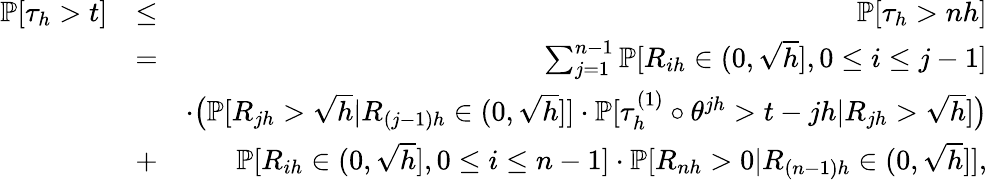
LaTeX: \begin{array}{rlr}{\mathbb{P}[\tau_{h}>t]}&{\le}&{\mathbb{P}[\tau_{h}>nh]}\\ &{=}&{\sum_{j=1}^{n-1}\mathbb{P}[R_{ih}\in(0,\sqrt{h}],0\le i\le j-1]}\\ &{}&{\cdot\big(\mathbb{P}[R_{jh}>\sqrt{h}|R_{(j-1)h}\in(0,\sqrt{h}]]\cdot\mathbb{P}[\tau_{h}^{(1)}\circ\theta^{jh}>t-jh|R_{jh}>\sqrt{h}]\big)}\\ &{+}&{\mathbb{P}[R_{ih}\in(0,\sqrt{h}],0\le i\le n-1]\cdot\mathbb{P}[R_{nh}>0|R_{(n-1)h}\in(0,\sqrt{h}]],}\end{array}